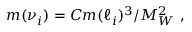
m ( \nu _ { i } ) = C m ( \ell _ { i } ) ^ { 3 } / M _ { W } ^ { 2 } \ ,